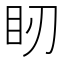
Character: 䀔